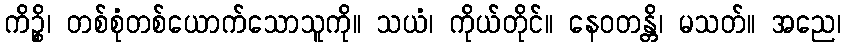
ကိဉ္စိ၊ တစ်စုံတစ်ယောက်သောသူကို။ သယံ၊ ကိုယ်တိုင်။ နေဝတန္တိ၊ မသတ်။ အညေ၊